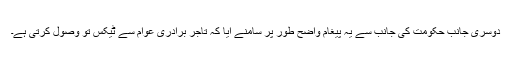
دوسری جانب حکومت کی جانب سے یہ پیغام واضح طور پر سامنے آیا کہ تاجر برادری عوام سے ٹیکس تو وصول کرتی ہے۔